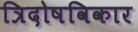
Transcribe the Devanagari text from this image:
त्रिदोषविकार